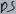
Text: D5